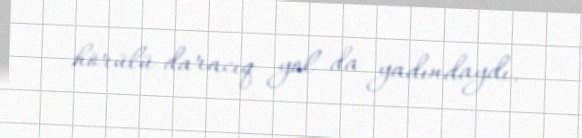
hörülü daracıq yol da yadındaydı.